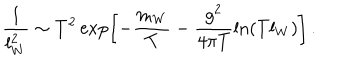
LaTeX: \frac { 1 } { l _ { W } ^ { 2 } } \sim T ^ { 2 } \exp \left[ - \frac { m _ { W } } T - \frac { g ^ { 2 } } { 4 \pi T } \ln ( T l _ { W } ) \right] \, .